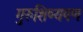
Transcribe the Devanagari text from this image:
गुरुशिष्यपण